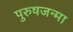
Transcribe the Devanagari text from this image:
पुरुषजन्मा